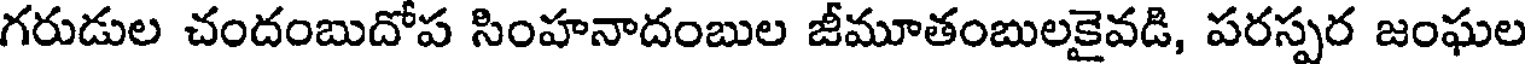
గరుడుల చందంబుదోప సింహనాదంబుల జీమూతంబులకైవడి, పరస్పర జంఘల